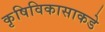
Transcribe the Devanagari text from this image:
कृषिविकासाकडे